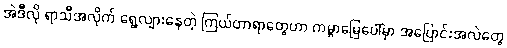
အဲဒီလို ရာသီအလိုက် ရွေ့လျားနေတဲ့ ကြယ်တာရာတွေဟာ ကမ္ဘာမြေပေါ်မှာ အပြောင်းအလဲတွေ